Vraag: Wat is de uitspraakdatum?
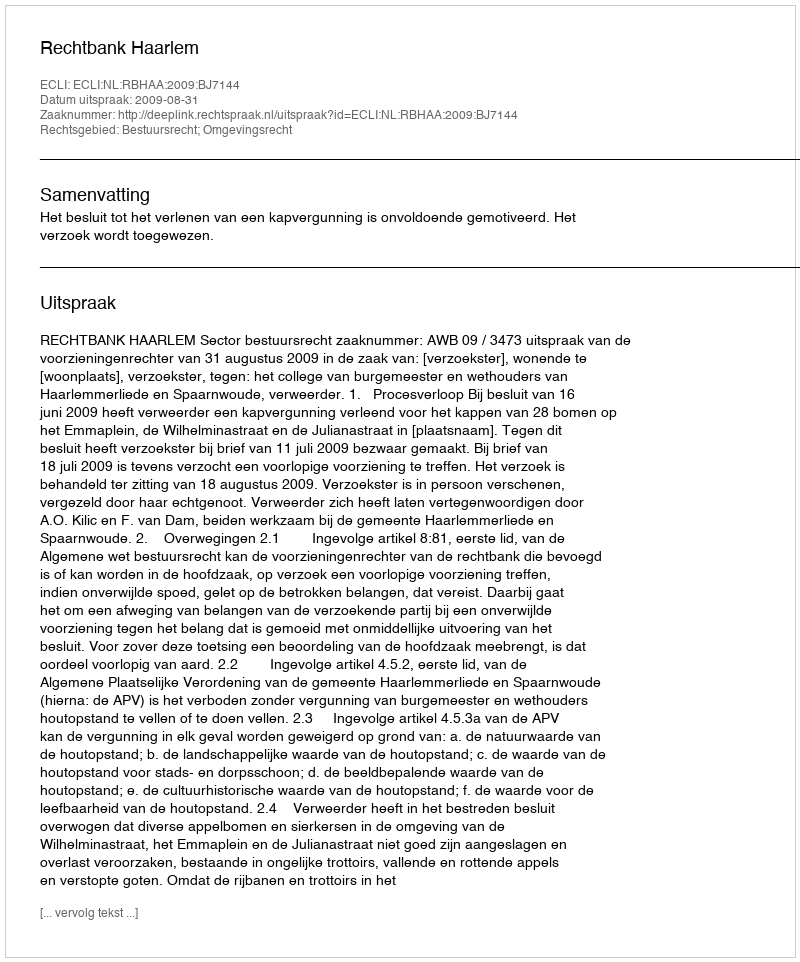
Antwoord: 2009-08-31